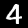
Label: 4